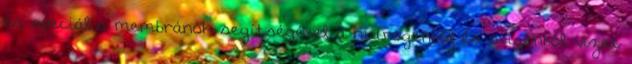
és speciális membránok segítségével a hidrogénből és oxigénből vizet